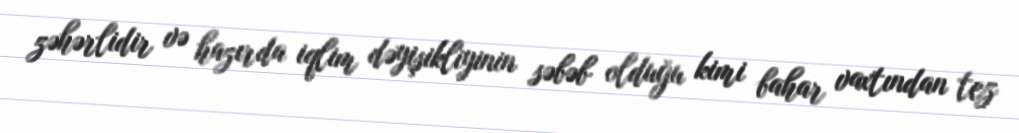
zəhərlidir və hazırda iqlim dəyişikliyinin səbəb olduğu kimi bahar vaxtından tez